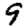
Digit: 9